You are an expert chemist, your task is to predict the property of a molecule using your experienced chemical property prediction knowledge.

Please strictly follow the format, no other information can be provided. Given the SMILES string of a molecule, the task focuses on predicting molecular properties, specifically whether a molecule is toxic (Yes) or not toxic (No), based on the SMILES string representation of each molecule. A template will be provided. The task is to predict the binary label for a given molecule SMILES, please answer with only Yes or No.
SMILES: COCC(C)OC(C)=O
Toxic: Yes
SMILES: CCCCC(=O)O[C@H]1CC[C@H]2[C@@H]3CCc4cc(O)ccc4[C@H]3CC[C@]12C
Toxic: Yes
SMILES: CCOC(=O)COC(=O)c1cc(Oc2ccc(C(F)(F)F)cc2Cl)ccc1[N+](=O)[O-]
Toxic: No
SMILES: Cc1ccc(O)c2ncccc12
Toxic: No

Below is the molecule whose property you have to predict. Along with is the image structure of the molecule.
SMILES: COc1ccccc1OCC1CNC(=O)O1
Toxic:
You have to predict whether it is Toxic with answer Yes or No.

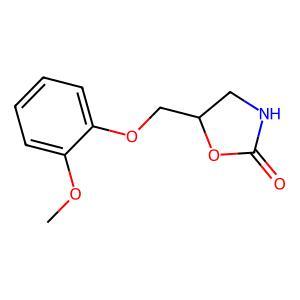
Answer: No